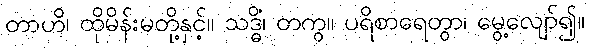
တာဟိ၊ ထိုမိန်းမတို့နှင့်။ သဒ္ဓိံ၊ တကွ။ ပရိစာရေတွာ၊ မွေ့လျော်၍။